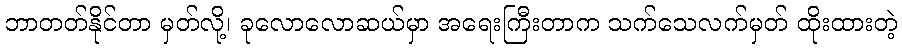
ဘာတတ်နိုင်တာ မှတ်လို့၊ ခုလောလောဆယ်မှာ အရေးကြီးတာက သက်သေလက်မှတ် ထိုးထားတဲ့